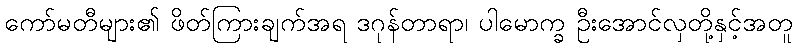
ကော်မတီများ၏ ဖိတ်ကြားချက်အရ ဒဂုန်တာရာ၊ ပါမောက္ခ ဦးအောင်လှတို့နှင့်အတူ